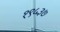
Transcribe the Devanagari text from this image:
१९५३७